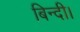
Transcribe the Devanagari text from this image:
बिन्दी।